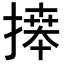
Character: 𢳎